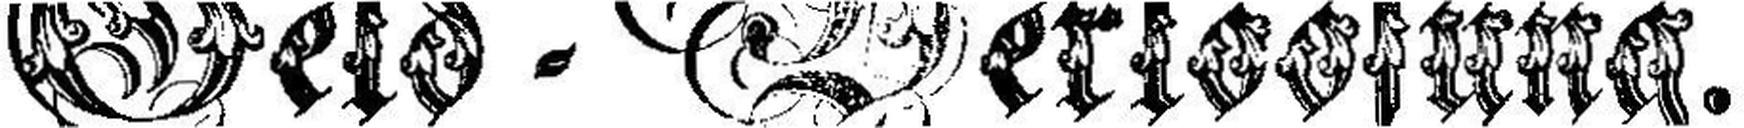
Geld=Versoofung.